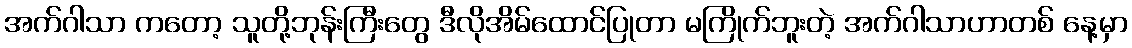
အက်ဂါသာ ကတော့ သူတို့ဘုန်းကြီးတွေ ဒီလိုအိမ်ထောင်ပြုတာ မကြိုက်ဘူးတဲ့ အက်ဂါသာဟာတစ် နေ့မှာ